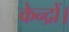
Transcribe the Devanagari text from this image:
केन्द्रों।